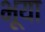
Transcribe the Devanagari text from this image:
भूया